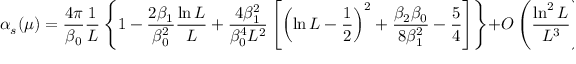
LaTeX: \alpha _ { s } ( \mu ) = \frac { 4 \pi } { \beta _ { 0 } } \frac { 1 } { L } \left\{ 1 - \frac { 2 \beta _ { 1 } } { \beta _ { 0 } ^ { 2 } } \frac { \ln L } { L } + \frac { 4 \beta _ { 1 } ^ { 2 } } { \beta _ { 0 } ^ { 4 } L ^ { 2 } } \left[ \left( \ln L - \frac { 1 } { 2 } \right) ^ { 2 } + \frac { \beta _ { 2 } \beta _ { 0 } } { 8 \beta _ { 1 } ^ { 2 } } - \frac { 5 } { 4 } \right] \right\} + O \left( \frac { \ln ^ { 2 } L } { L ^ { 3 } } \right) \ ,